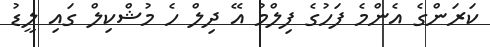
ކަރަންގެ އެންމެ ފަހުގެ ފިލްމު އޭ ދިލް ހެ މުޝްކިލް ގައި ލީޑު